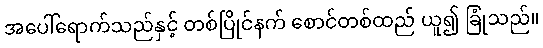
အပေါ်ရောက်သည်နှင့် တစ်ပြိုင်နက် စောင်တစ်ထည် ယူ၍ ခြုံသည်။